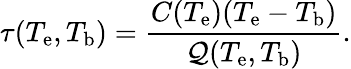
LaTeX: \tau(T_{\mathrm{e}},T_{\mathrm{b}})=\frac{C(T_{\mathrm{e}})(T_{\mathrm{e}}-T_{\mathrm{b}})}{\mathcal{Q}(T_{\mathrm{e}},T_{\mathrm{b}})}.